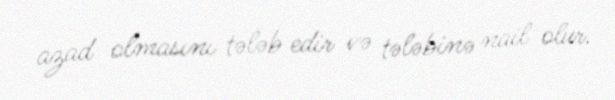
azad olmasını tələb edir və tələbinə nail olur.